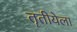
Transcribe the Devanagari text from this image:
तॄतीयेला